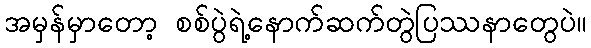
အမှန်မှာတော့ စစ်ပွဲရဲ့နောက်ဆက်တွဲပြဿနာတွေပဲ။